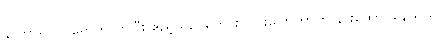
နာတာရှာပါ ရောက်လာပြီး ဧည့်သည်တွေ စကားပြောတာကို နားထောင်နေသည်။